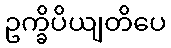
ဥက္ခိပိယျတိပေ